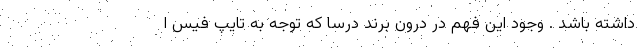
داشته باشد . وجود این فهم در درون برند درسا که توجه به تایپ فیس ا